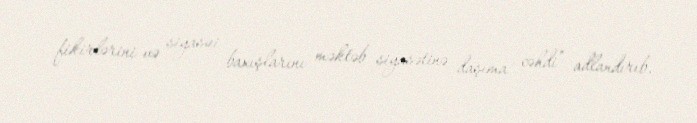
fikirlərini və siyasui baxışlarını məktəb siyasətinə daşıma cəhdi” adlandırıb.